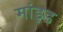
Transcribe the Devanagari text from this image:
मांइड